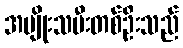
အမျိုးသမီးတစ်ဦးသည်